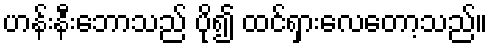
ဟန်းနီးဘောသည် ပို၍ ထင်ရှားလေတော့သည်။